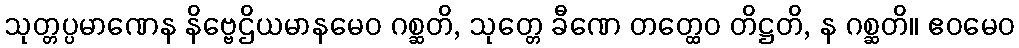
သုတ္တပ္ပမာဏေန နိဗ္ဗေဌိယမာနမေဝ ဂစ္ဆတိ, သုတ္တေ ခီဏေ တတ္ထေဝ တိဋ္ဌတိ, န ဂစ္ဆတိ။ ဧဝမေဝ